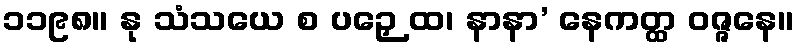
၁၁၉၈။ နု သံသယေ စ ပဉှေ ထ၊ နာနာ’ နေကတ္ထ ဝဇ္ဇနေ။